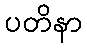
ပတိနာ